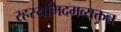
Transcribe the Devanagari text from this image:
रहस्यमिदमव्यक्तन्न